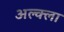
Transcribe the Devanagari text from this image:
अल्क्ला